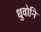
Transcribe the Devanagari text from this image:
धुवोनि